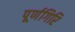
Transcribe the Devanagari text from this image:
पूर्णगिरि